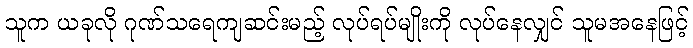
သူက ယခုလို ဂုဏ်သရေကျဆင်းမည့် လုပ်ရပ်မျိုးကို လုပ်နေလျှင် သူမအနေဖြင့်